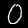
Label: 0